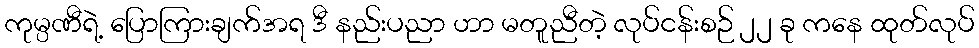
ကုမ္ပဏီရဲ့ ပြောကြားချက်အရ ဒီ နည်းပညာ ဟာ မတူညီတဲ့ လုပ်ငန်းစဉ် ၂၂ ခု ကနေ ထုတ်လုပ်